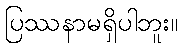
ပြဿနာမရှိပါဘူး။